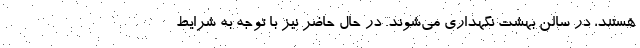
هستند، در سالن بهشت نگهداری می‌شوند. در حال حاضر نیز با توجه به شرایط